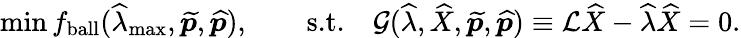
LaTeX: \operatorname*{min}f_{\mathrm{{ball}}}(\widehat{\lambda}_{\mathrm{max}},\widetilde{\boldsymbol{p}},\widehat{\boldsymbol{p}}),\qquad\textrm{s.t.}\quad\mathcal{G}(\widehat{\lambda},\widehat{X},\widetilde{\boldsymbol{p}},\widehat{\boldsymbol{p}})\equiv\mathcal{L}\widehat{X}-\widehat{\lambda}\widehat{X}=0.